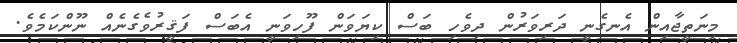
މިނަތީޖާއިން އެނގެނީ ދަރިވަރުން ދިވެހި ބަސް ކިޔަވަން ފޫހިވަނީ އެބަސް ފަޤީރުވެގެނެއް ނޫންކަމެވެ.